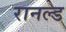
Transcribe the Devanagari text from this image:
रानल्ड